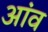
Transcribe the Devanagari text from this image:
अांव